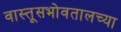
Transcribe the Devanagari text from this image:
वास्तूसभोवतालच्या